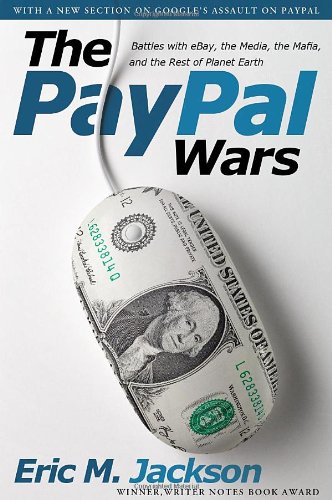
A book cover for The PayPal Wars: Battles with eBay, the Media, the Mafia, and the Rest of Planet Earth; Eric M. Jackson; Computers & Technology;